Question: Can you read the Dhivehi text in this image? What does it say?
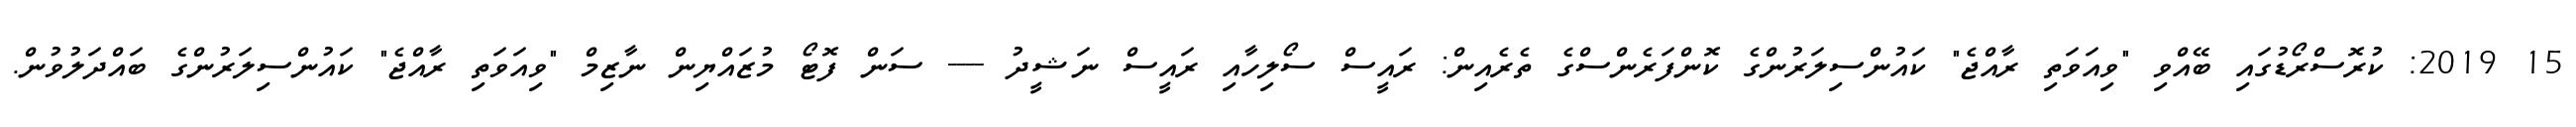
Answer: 15 2019: ކުރޮސްރޯޑުގައި ބޭއްވި "ވިއަވަތި ރާއްޖެ" ކައުންސިލަރުންގެ ކޮންފަރެންސްގެ ތެރެއިން: ރައީސް ސޯލިހާއި ރައީސް ނަޝީދު ---- ސަން ފޮޓޯ މުޒައްޔިން ނާޒިމް "ވިއަވަތި ރާއްޖެ" ކައުންސިލަރުންގެ ބައްދަލުވުން.